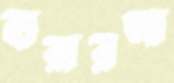
হারারআ